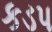
કડપ